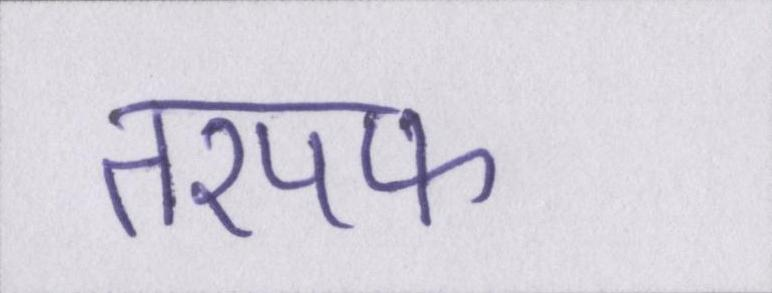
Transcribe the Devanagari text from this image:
तरपफ